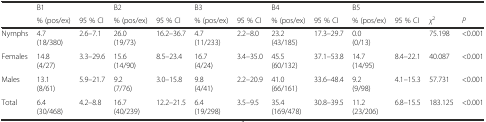
<table><thead><tr><td></td><td colspan="2"><b>B1</b></td><td colspan="2"><b>B2</b></td><td colspan="2"><b>B3</b></td><td colspan="2"><b>B4</b></td><td><b>B5</b></td><td colspan="3"></td></tr><tr><td></td><td><b>% (pos/ex)</b></td><td><b>95 % CI</b></td><td><b>% (pos/ex)</b></td><td><b>95 % CI</b></td><td><b>% (pos/ex)</b></td><td><b>95 % CI</b></td><td><b>% (pos/ex)</b></td><td><b>95 % CI</b></td><td><b>% (pos/ex)</b></td><td><b>95 % CI</b></td><td><b><i>χ</i><sup>2</sup></b></td><td><b><i>P</i></b></td></tr></thead><tbody><tr><td>Nymphs</td><td>4.7 (18/380)</td><td>2.6–7.1</td><td>26.0 (19/73)</td><td>16.2–36.7</td><td>4.7 (11/233)</td><td>2.2–8.0</td><td>23.2 (43/185)</td><td>17.3–29.7</td><td>0.0 (0/13)</td><td></td><td>75.198</td><td>&lt;0.001</td></tr><tr><td>Females</td><td>14.8 (4/27)</td><td>3.3–29.6</td><td>15.6 (14/90)</td><td>8.5–23.4</td><td>16.7 (4/24)</td><td>3.4–35.0</td><td>45.5 (60/132)</td><td>37.1–53.8</td><td>14.7 (14/95)</td><td>8.4–22.1</td><td>40.087</td><td>&lt;0.001</td></tr><tr><td>Males</td><td>13.1 (8/61)</td><td>5.9–21.7</td><td>9.2 (7/76)</td><td>3.0–15.8</td><td>9.8 (4/41)</td><td>2.2–20.9</td><td>41.0 (66/161)</td><td>33.6–48.4</td><td>9.2 (9/98)</td><td>4.1–15.3</td><td>57.731</td><td>&lt;0.001</td></tr><tr><td>Total</td><td>6.4 (30/468)</td><td>4.2–8.8</td><td>16.7 (40/239)</td><td>12.2–21.5</td><td>6.4 (19/298)</td><td>3.5–9.5</td><td>35.4 (169/478)</td><td>30.8–39.5</td><td>11.2 (23/206)</td><td>6.8–15.5</td><td>183.125</td><td>&lt;0.001</td></tr></tbody></table>